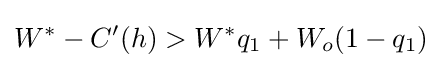
W^{*}-C'(h)>W^{*}q_{1}+W_{o}(1-q_{1})